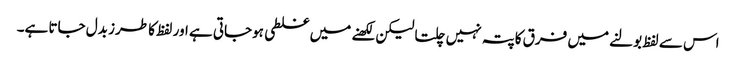
اس سے لفظ بولنے میں فرق کاپتہ نہیں چلتا لیکن لکھنے میں غلطی ہوجاتی ہے اور لفظ کا طرز بدل جاتا ہے۔